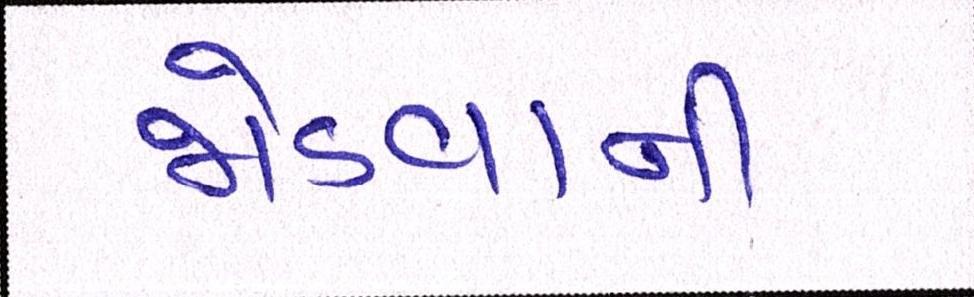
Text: જોડવાની